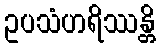
ဥပသံဟရိဿန္တိ